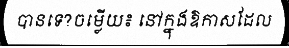
បានទេ?ចម្លើយ៖ នៅក្នុងឱកាសដែល